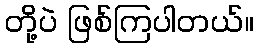
တို့ပဲ ဖြစ်ကြပါတယ်။